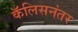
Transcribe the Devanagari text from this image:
कॅलिसनंतर